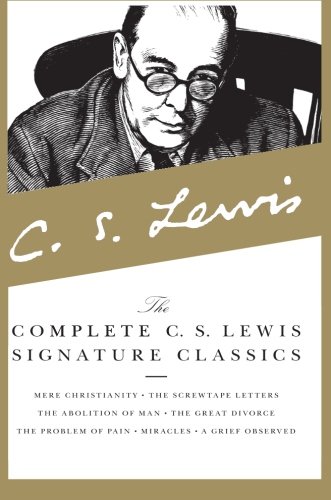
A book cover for The Complete C. S. Lewis Signature Classics; C. S. Lewis; Literature & Fiction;